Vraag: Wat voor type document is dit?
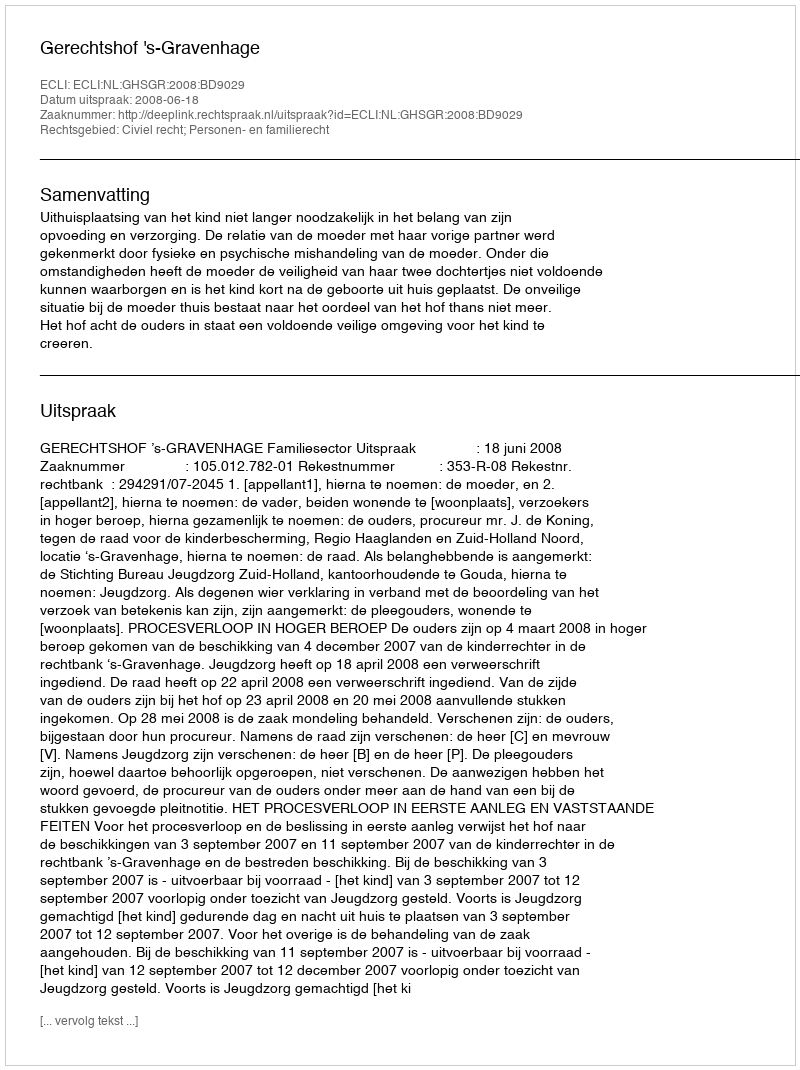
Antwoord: Uitspraak